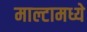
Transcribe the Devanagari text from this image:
माल्टामध्ये